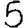
Digit: 5